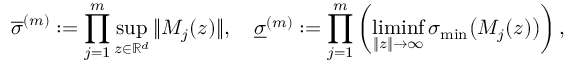
\overline { { \sigma } } ^ { ( m ) } : = \prod _ { j = 1 } ^ { m } \operatorname* { s u p } _ { z \in \mathbb { R } ^ { d } } \| M _ { j } ( z ) \| , \quad \underline { { \sigma } } ^ { ( m ) } : = \prod _ { j = 1 } ^ { m } \left( \operatorname* { l i m i n f } _ { \| z \| \to \infty } \sigma _ { \operatorname* { m i n } } \big ( M _ { j } ( z ) \big ) \right) ,